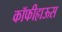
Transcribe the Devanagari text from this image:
कॉफीहाऊस